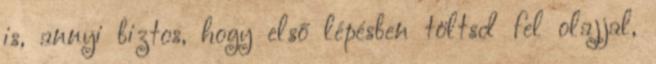
is, annyi biztos, hogy első lépésben töltsd fel olajjal,